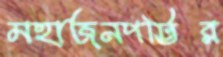
মহাজনপট্টির